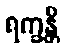
ရက္ခန္တိ